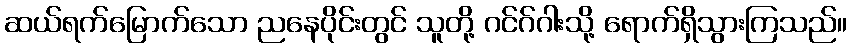
ဆယ်ရက်မြောက်သော ညနေပိုင်းတွင် သူတို့ ဂင်ဂ်ဂါးသို့ ရောက်ရှိသွားကြသည်။